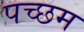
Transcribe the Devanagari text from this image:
पच्छम